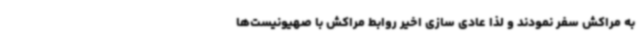
به مراکش سفر نمودند و لذا عادی سازی اخیر روابط مراکش با صهیونیست‌ها